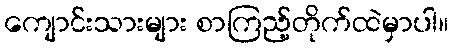
ကျောင်းသားများ စာကြည့်တိုက်ထဲမှာပါ။